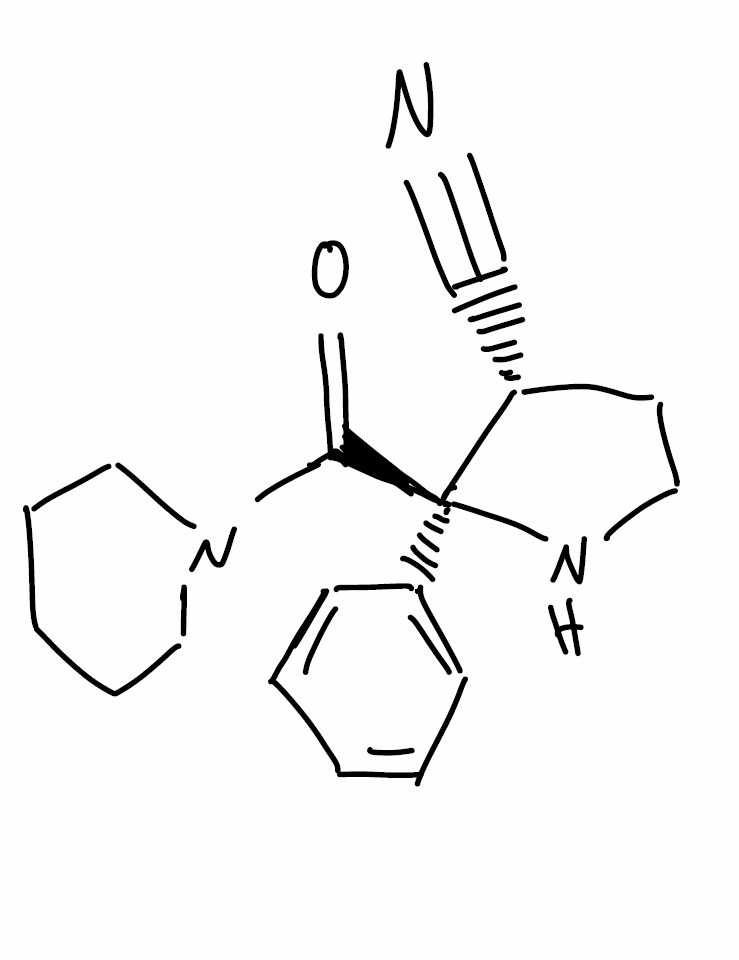
Simplified molecular-input line-entry system (SMILES) notation of the given molecule:
C1CCN(CC1)C(=O)[C@]2([C@@H](CCN2)C#N)C3=CC=CC=C3